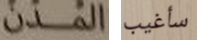
المدن سأغيب